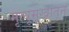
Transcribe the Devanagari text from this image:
मृत्यूमुखांतून